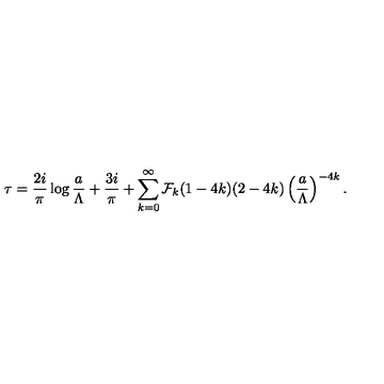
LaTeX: \tau = { \frac { 2 i } { \pi } } \log { \frac { a } { \Lambda } } + { \frac { 3 i } { \pi } } + \sum _ { k = 0 } ^ { \infty } { \cal F } _ { k } ( 1 - 4 k ) ( 2 - 4 k ) \left( { \frac { a } { \Lambda } } \right) ^ { - 4 k } .